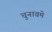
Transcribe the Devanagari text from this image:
चुनावमे